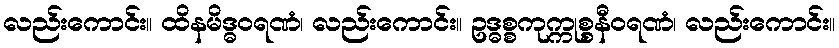
လည်းကောင်း။ ထိနမိဒ္ဓဝရဏံ၊ လည်းကောင်း။ ဥဒ္ဓစ္စကုက္ကုစ္စနီဝရဏံ၊ လည်းကောင်း။